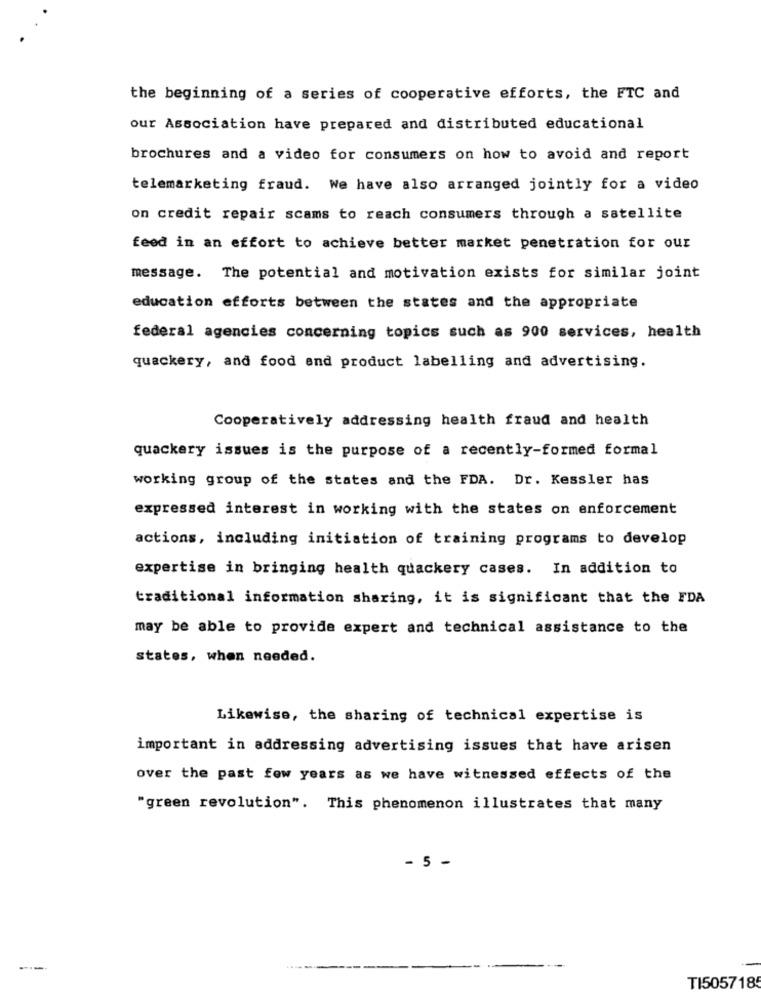
the beginning of a series of cooperative efforts, the FTC and
our Association have prepared and distributed educational
brochures and a video for consumers on how to avoid and report
telemarketing fraud. We have also arranged jointly for a video
on credit repair scams to reach consumers through a satellite
feed in an effort to achieve better market penetration for our
message. The potential and motivation exists for similar joint
education efforts between the states and the appropriate
federal agencies concerning topics such as 900 services, health
quackery, and food and product labelling and advertising.
Cooperatively addressing health fraud and health
quackery issues is the purpose of a recently-formed formal
working group of the states and the FDA. Dr. Kessler has
expressed interest in working with the states on enforcement
actions, including initiation of training programs to develop
expertise in bringing health quackery cases. In addition to
traditional information sharing, it is significant that the FDA
may be able to provide expert and technical assistance to the
states, when needed.
Likewise, the sharing of technical expertise is
important in addressing advertising issues that have arisen
over the past few years as we have witnessed effects of the
"green revolution". This phenomenon illustrates that many
- 5 -
----
TI505718